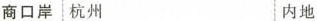
商口岸 杭州 内地